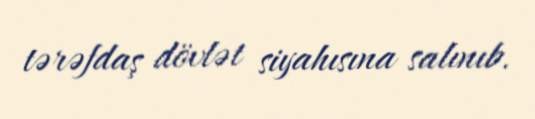
tərəfdaş dövlət siyahısına salınıb.